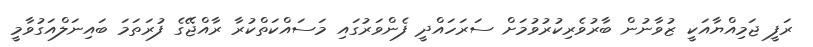
ރަފީ ޖަމިއްޔާއަކީ ޒުވާނުން ބާރުވެރިކުރުވުމަށް ސަރަހައްދީ ފެންވަރުގައި މަސައްކަތްކުރާ ރާއްޖޭގެ ފުރަތަމަ ބައިނަލްއަގުވާމީ